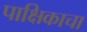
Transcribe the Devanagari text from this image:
पाक्षिकाचा